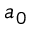
a _ { 0 }